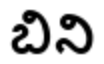
బిని